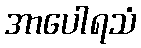
အာပေါရသံ